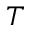
T